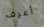
أعرف